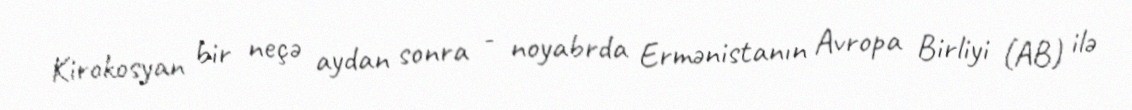
Kirokosyan bir neçə aydan sonra - noyabrda Ermənistanın Avropa Birliyi (AB) ilə